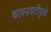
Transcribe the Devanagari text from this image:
चलनघटीमुळे